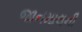
જાનમાલની